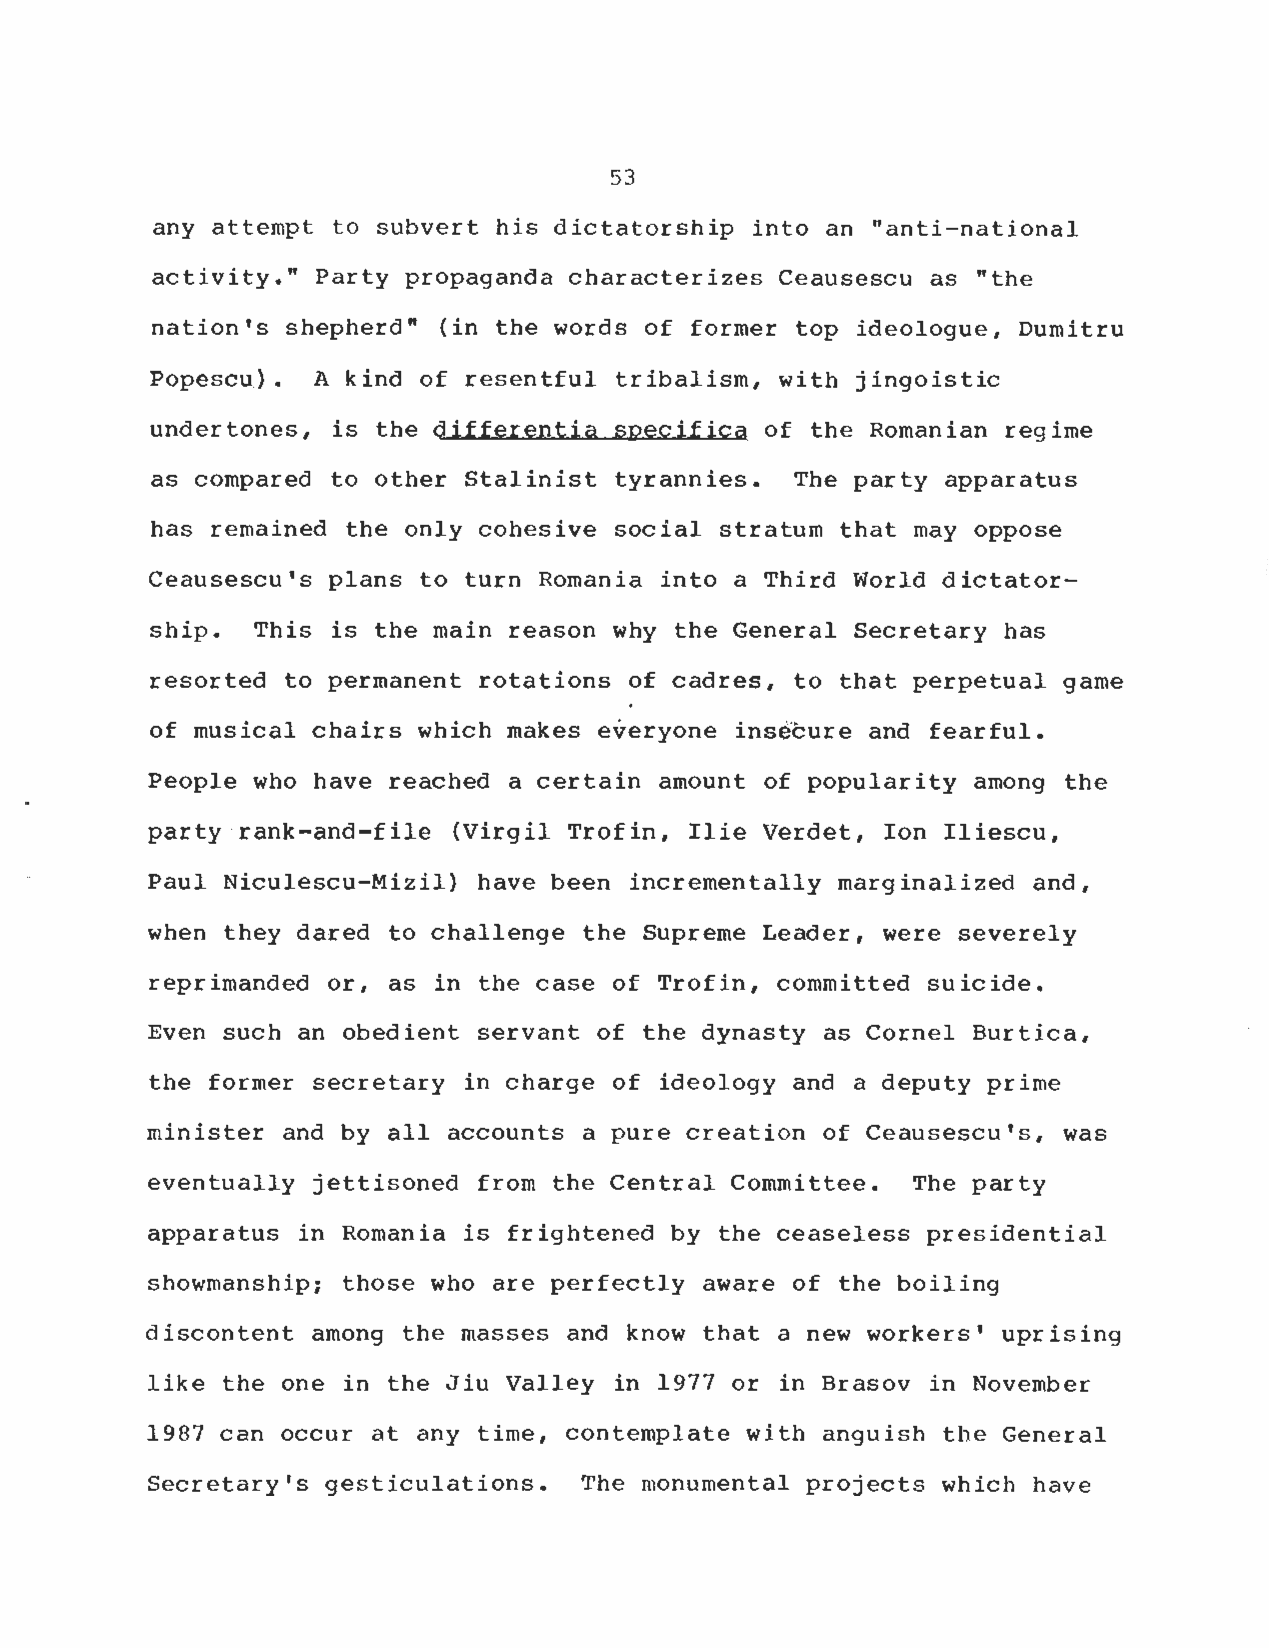
53
 any attempt to subvert his dictatorship into an "anti-nationa l
 activity ." Party propaganda characterizes Ceausescu as "th e
 nation's shepherd" (in the words of former top ideologue, Dumitr u
 Popescu) . A kind of resentful tribalism, with jingoisti c
 undertones, is the differentia specifica of the Romanian regime
 as compared to other Stalinist tyrannies . The party apparatu s
 has remained the only cohesive social stratum that may oppose
 Ceausescu's plans to turn Romania into a Third World dictator -
 ship . This is the main reason why the General Secretary has
 resorted to permanent rotations of cadres, to that perpetual gam e
 of musical chairs which makes everyone insecure and fearful .
 People who have reached a certain amount of popularity among th e
 party rank-and-file (Virgil Trofin, Ilie Verdet, Ion Iliescu ,
 Paul Niculescu-Mizil) have been incrementally marginalized and ,
 when they dared to challenge the Supreme Leader, were severel y
 reprimanded or, as in the case of Trofin, committed suicide .
 Even such an obedient servant of the dynasty as Cornel Burtica ,
 the former secretary in charge of ideology and a deputy prim e
 minister and by all accounts a pure creation of Ceausescu's, wa s
 eventually jettisoned from the Central Committee . The party
 apparatus in Romania is frightened by the ceaseless presidentia l
 showmanship ; those who are perfectly aware of the boiling
 discontent among the masses and know that a new workers' uprising
 like the one in the Jiu Valley in 1977 or in Brasov in Novembe r
 1987 can oocur at any time, contemplate with anguish the Genera l
 Secretary's gesticulations . The monumental projects which have